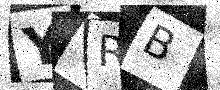
Text: YTRB